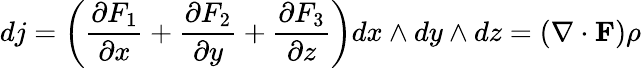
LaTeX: dj=\left({\frac{\partial F_{1}}{\partial x}}+{\frac{\partial F_{2}}{\partial y}}+{\frac{\partial F_{3}}{\partial z}}\right)dx\wedge dy\wedge dz=(\nabla\cdot{\mathbf{F}})\rho